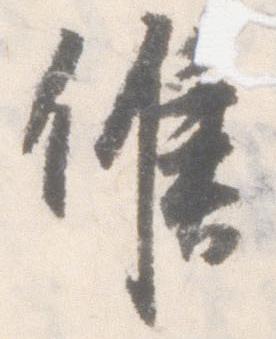
候